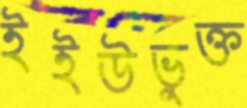
ইইউভুক্ত